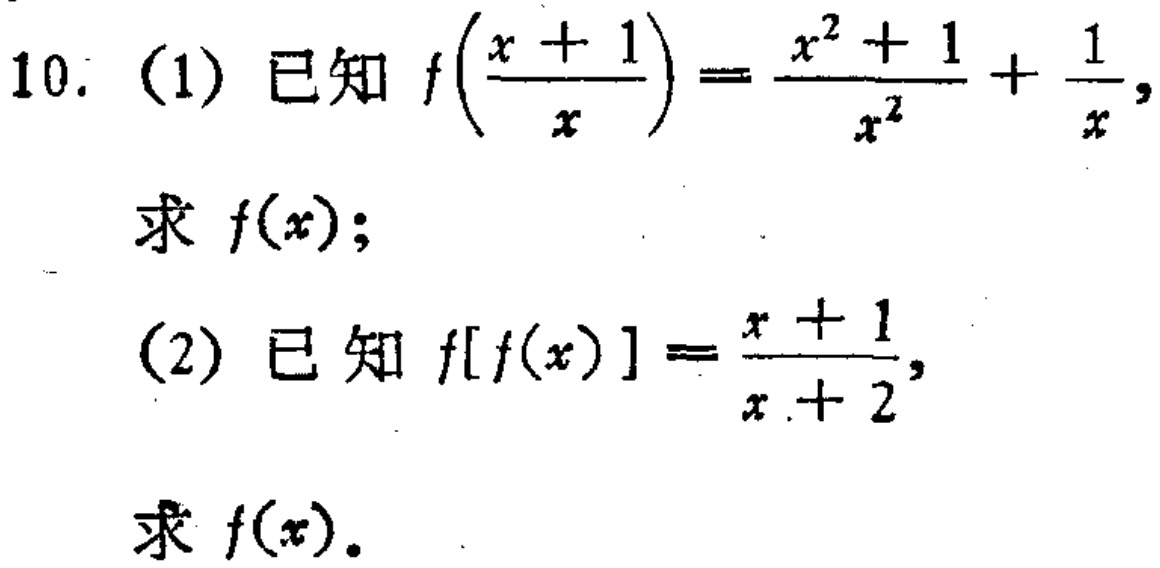
10. (1) 已知 \(f\left(\frac{x + 1}{x}\right)=\frac{x^{2}+1}{x^{2}}+\frac{1}{x}\)，

求 \(f(x)\)；

(2) 已知 \(f[f(x)]=\frac{x + 1}{x + 2}\)，

求 \(f(x)\)。